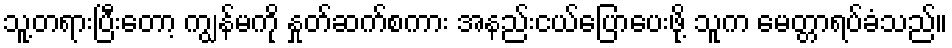
သူ့တရားပြီးတော့ ကျွန်မကို နှုတ်ဆက်စကား အနည်းငယ်ပြောပေးဖို့ သူက မေတ္တာရပ်ခံသည်။